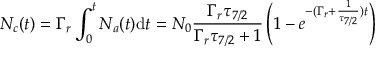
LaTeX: N _ { c } ( t ) = \Gamma _ { r } \int _ { 0 } ^ { t } N _ { a } ( t ) \mathrm { d } t = N _ { 0 } { \frac { \Gamma _ { r } \tau _ { 7 / 2 } } { \Gamma _ { r } \tau _ { 7 / 2 } + 1 } } \left( 1 - e ^ { - ( \Gamma _ { r } + { \frac { 1 } { \tau _ { 7 / 2 } } } ) t } \right)